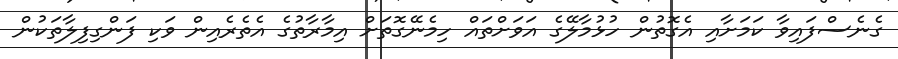
ގެނެސްފައިވާ ކަމަށާއި އެގޮތުން ހުޅުމާލޭގެ އަވަށްތައް ހިމެނޭގޮތަށް އިމާރާތުގެ އެތެރެއިން ވަކި ފަންގިފިލާތަކުން